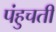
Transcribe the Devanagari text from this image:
पंहुचती